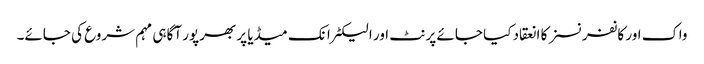
واک اور کانفرنسز کا انعقاد کیا جائے پرنٹ اور الیکٹرانک میڈیا پر بھرپور آگاہی مہم شروع کی جائے۔